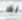
لك